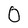
Character: 0